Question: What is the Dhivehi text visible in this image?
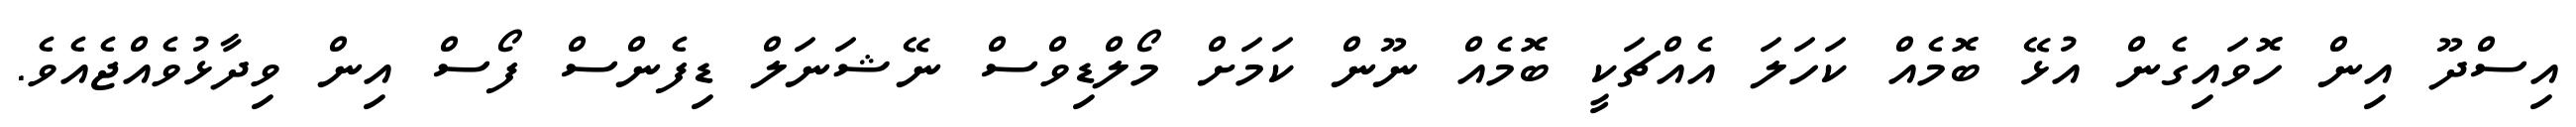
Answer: އިސްދޫ އިން ހޮވައިގެން އުޅޭ ބޮމެއް ކަހަލަ އެއްޗަކީ ބޮމެއް ނޫން ކަމަށް މޯލްޑިވްސް ނޭޝަނަލް ޑިފެންސް ފޯސް އިން ވިދާޅުވެއްޖެއެވެ.